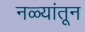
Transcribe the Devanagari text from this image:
नळ्यांतून